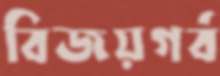
বিজয়গর্ব